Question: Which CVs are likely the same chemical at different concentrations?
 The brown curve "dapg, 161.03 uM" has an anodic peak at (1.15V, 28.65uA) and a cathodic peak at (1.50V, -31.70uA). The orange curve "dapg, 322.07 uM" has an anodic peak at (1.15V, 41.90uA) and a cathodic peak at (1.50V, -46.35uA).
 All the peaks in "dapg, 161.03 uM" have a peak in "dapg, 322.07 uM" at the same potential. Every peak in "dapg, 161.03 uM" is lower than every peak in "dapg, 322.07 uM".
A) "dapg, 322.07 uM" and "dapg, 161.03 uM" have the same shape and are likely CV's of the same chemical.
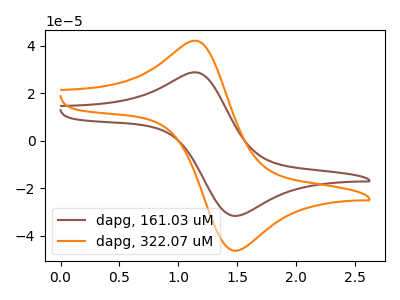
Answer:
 <answer>A) "dapg, 322.07 uM" and "dapg, 161.03 uM" have the same shape and are likely CV's of the same chemical.</answer>
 <eval>A</eval>